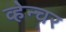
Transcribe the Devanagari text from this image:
व्हेन्चर